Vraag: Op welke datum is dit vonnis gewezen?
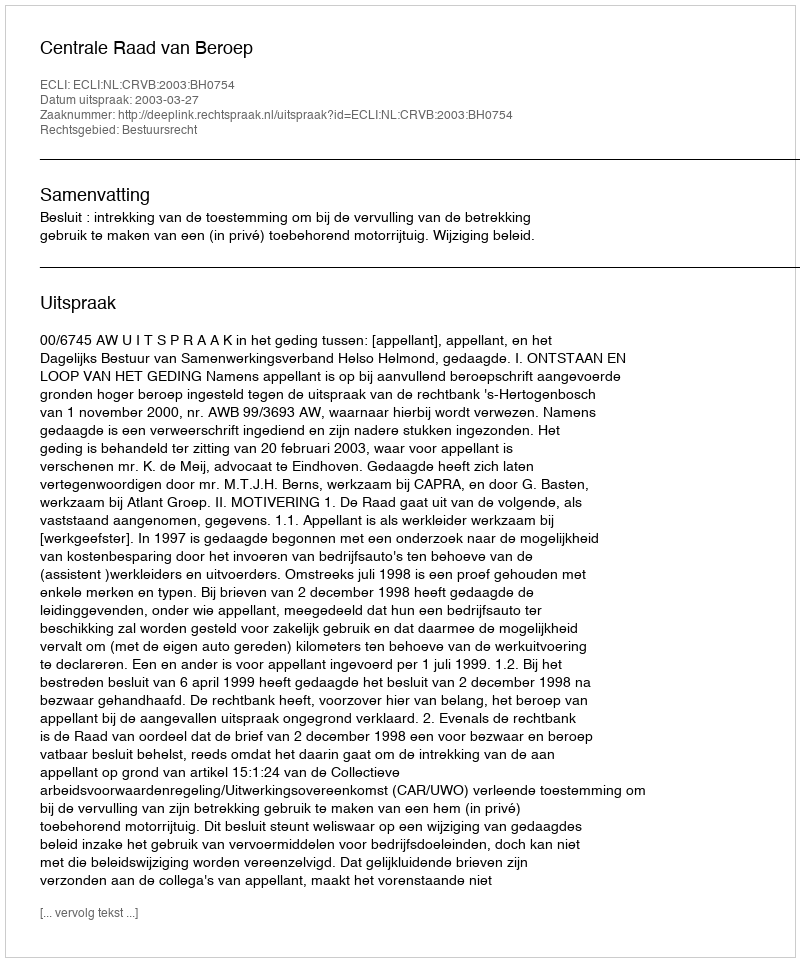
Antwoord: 2003-03-27